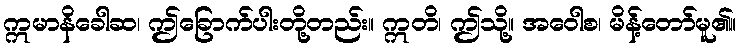
ဣမာနိခေါဆ၊ ဤခြောက်ပါးတို့တည်း။ ဣတိ၊ ဤသို့။ အဝေါစ၊ မိန့်တော်မူ၏။